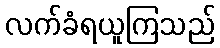
လက်ခံရယူကြသည်